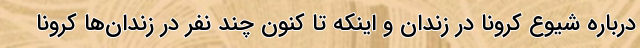
درباره شیوع کرونا در زندان و اینکه تا کنون چند نفر در زندان‌ها کرونا